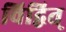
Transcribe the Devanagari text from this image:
विद्वित्